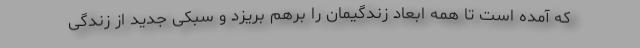
که آمده است تا همه ابعاد زندگیمان را برهم بریزد و سبکی جدید از زندگی